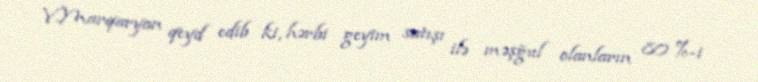
V.Marqaryan qeyd edib ki, hərbi geyim satışı ilə məşğul olanların 80 %-i